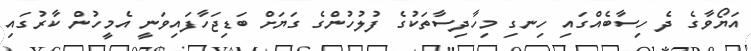
އަޔޯވާގެ ދެ ހިސާބެއްގައި ހިނގި މިހާދިސާތަކުގެ ފުލުހުންގެ ގަޔަށް ބަޑިޖަހާފައިވަނީ އެމީހުން ކާރުގައި